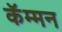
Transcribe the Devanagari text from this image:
कॅम्मन